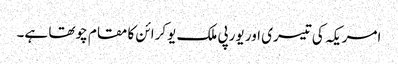
امریکہ کی تیسری اور یورپی ملک یوکرائن کا مقام چوتھا ہے۔